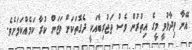
އޭނާ ވިދާޅުވީ މީގެ އިތުރުން ވެސް ތަޖުރިބާއަކީ ދެގޮތަކަށް ވަޒަން ކުރާ ކަމެއްކަމަށެވެ.